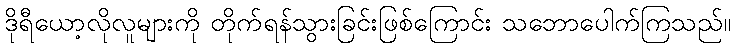
ဒိုရီယော့လိုလူများကို တိုက်ရန်သွားခြင်းဖြစ်ကြောင်း သဘောပေါက်ကြသည်။